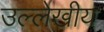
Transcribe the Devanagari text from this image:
उल्लेखीय